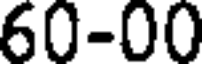
60-00